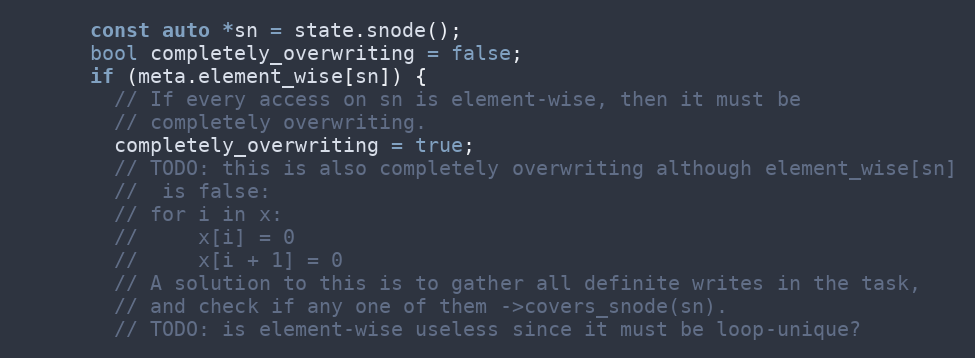
Language: C++
      const auto *sn = state.snode();
      bool completely_overwriting = false;
      if (meta.element_wise[sn]) {
        // If every access on sn is element-wise, then it must be
        // completely overwriting.
        completely_overwriting = true;
        // TODO: this is also completely overwriting although element_wise[sn]
        //  is false:
        // for i in x:
        //     x[i] = 0
        //     x[i + 1] = 0
        // A solution to this is to gather all definite writes in the task,
        // and check if any one of them ->covers_snode(sn).
        // TODO: is element-wise useless since it must be loop-unique?